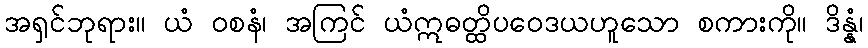
အရှင်ဘုရား။ ယံ ဝစနံ၊ အကြင် ယံဣဓတ္ထိပဝေဒယဟူသော စကားကို။ ဒိန္နံ၊